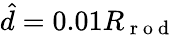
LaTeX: \hat{d}=0.01R_{\mathrm{~r~o~d~}}